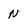
Character: N